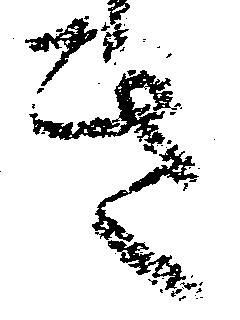
き